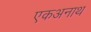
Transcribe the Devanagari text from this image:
एकअनाथ